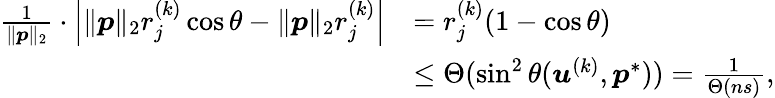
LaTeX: \begin{array}{rl}{\frac{1}{\| {\boldsymbol p}\| _{2}}\cdot\left|\| {\boldsymbol p}\| _{2}r_{j}^{(k)}\cos\theta-\| {\boldsymbol p}\| _{2}r_{j}^{(k)}\right|}&{=r_{j}^{(k)}(1-\cos\theta)}\\ &{\leq\Theta(\sin^{2}\theta({\boldsymbol u}^{(k)},{\boldsymbol p}^{*}))=\frac{1}{\Theta\left(ns\right)},}\end{array}